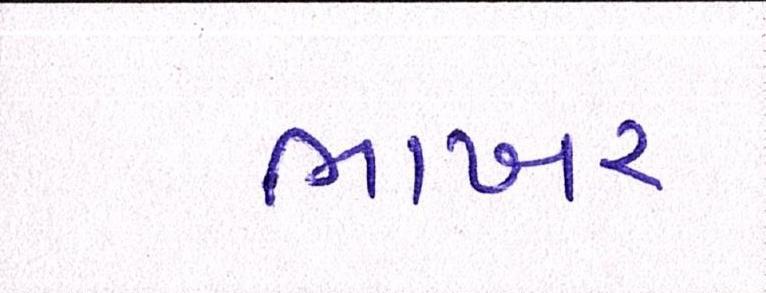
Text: ભાખર